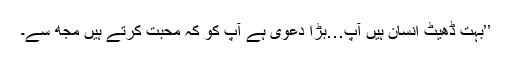
’’بہت ڈھیٹ انسان ہیں آپ…بڑا دعویٰ ہے آپ کو کہ محبت کرتے ہیں مجھ سے۔